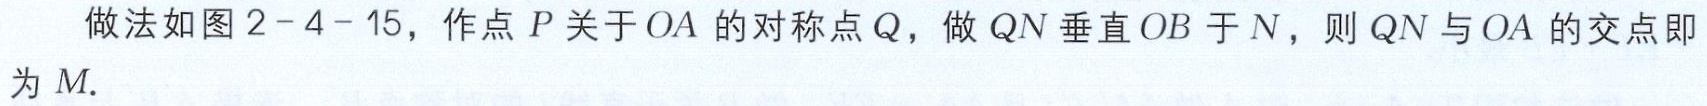
做法如图2-4-15，作点\(P\)关于\(OA\)的对称点\(Q\)，做\(QN\)垂直\(OB\)于\(N\)，则\(QN\)与\(OA\)的交点即为\(M\).